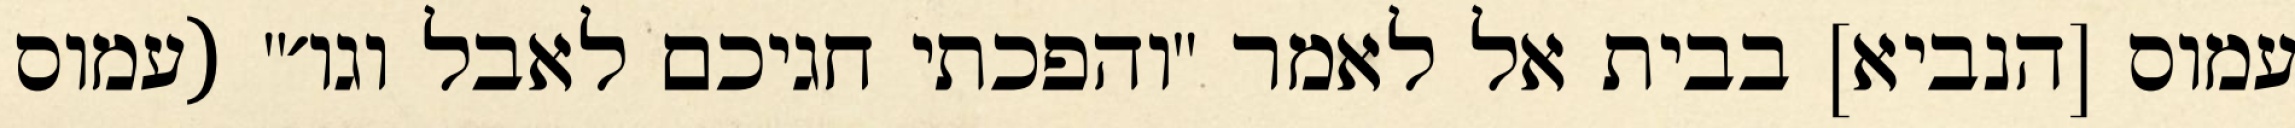
עמוס [הנביא] בבית אל לאמר "והפכתי חגיכם לאבל וגו׳" (עמוס